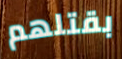
بقتلهم